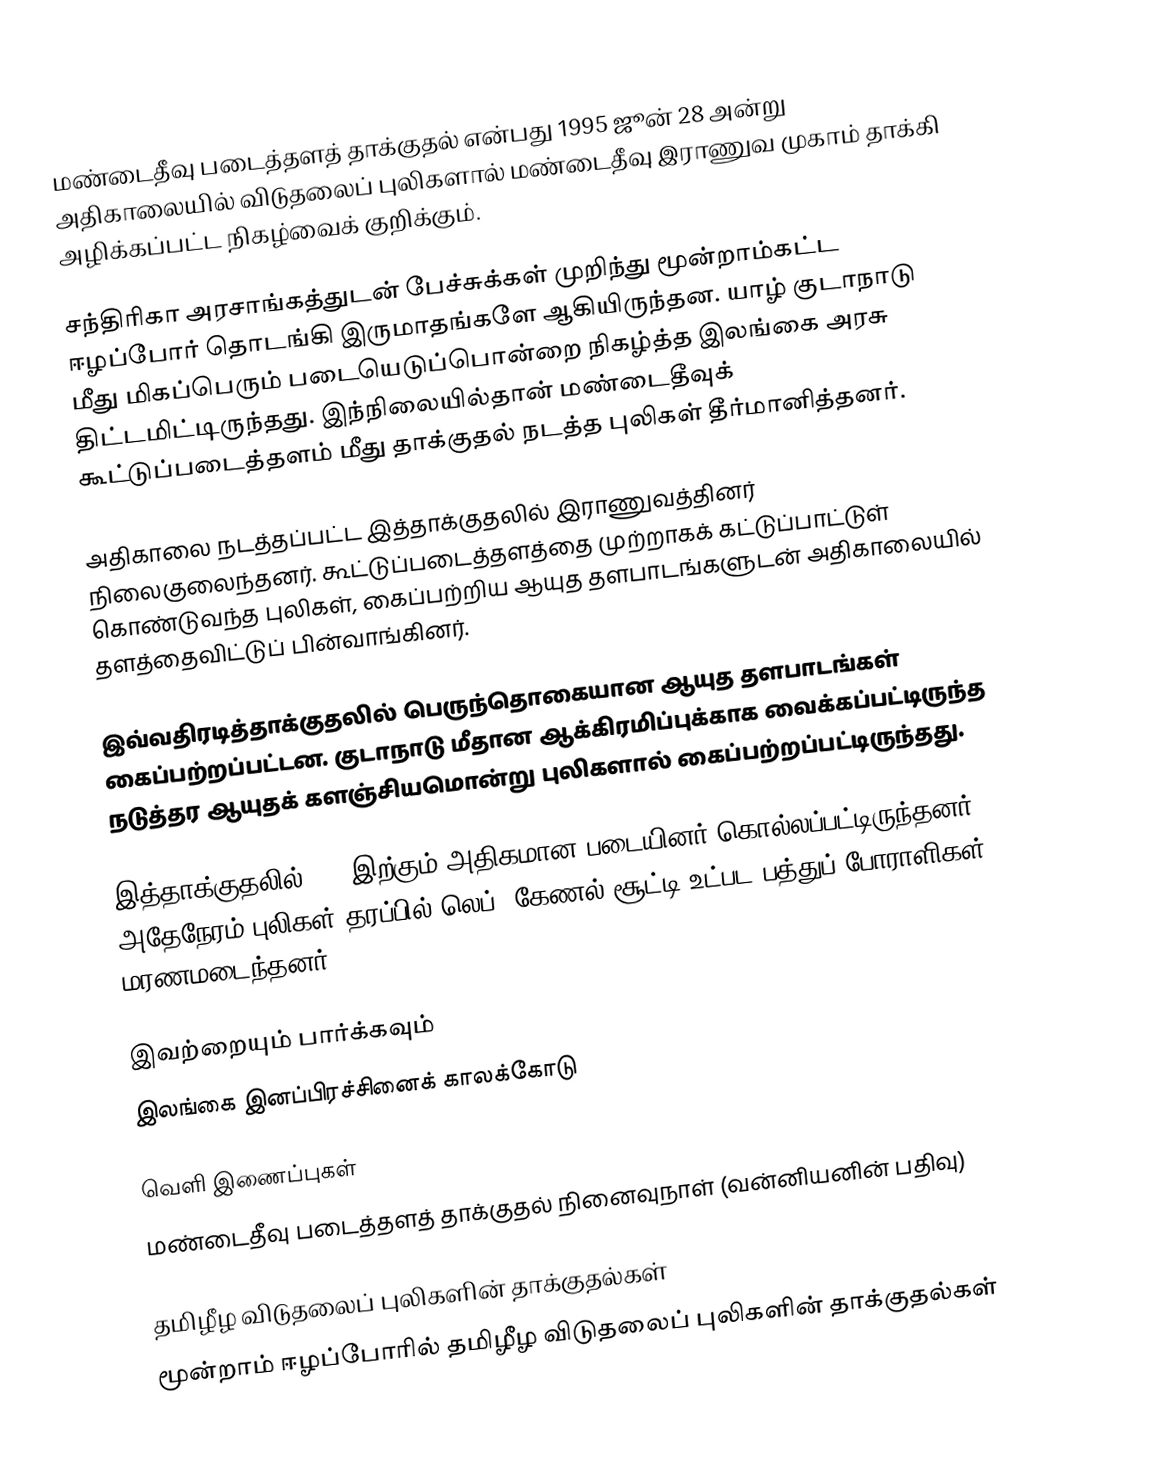
மண்டைதீவு படைத்தளத் தாக்குதல் என்பது 1995 ஜூன் 28 அன்று அதிகாலையில் விடுதலைப் புலிகளால் மண்டைதீவு இராணுவ முகாம் தாக்கி அழிக்கப்பட்ட நிகழ்வைக் குறிக்கும்.

சந்திரிகா அரசாங்கத்துடன் பேச்சுக்கள் முறிந்து மூன்றாம்கட்ட ஈழப்போர் தொடங்கி இருமாதங்களே ஆகியிருந்தன. யாழ் குடாநாடு மீது மிகப்பெரும் படையெடுப்பொன்றை நிகழ்த்த இலங்கை அரசு திட்டமிட்டிருந்தது. இந்நிலையில்தான் மண்டைதீவுக் கூட்டுப்படைத்தளம் மீது தாக்குதல் நடத்த புலிகள் தீர்மானித்தனர்.

அதிகாலை நடத்தப்பட்ட இத்தாக்குதலில் இராணுவத்தினர் நிலைகுலைந்தனர். கூட்டுப்படைத்தளத்தை முற்றாகக் கட்டுப்பாட்டுள் கொண்டுவந்த புலிகள், கைப்பற்றிய ஆயுத தளபாடங்களுடன் அதிகாலையில் தளத்தைவிட்டுப் பின்வாங்கினர்.

இவ்வதிரடித்தாக்குதலில் பெருந்தொகையான ஆயுத தளபாடங்கள் கைப்பற்றப்பட்டன. குடாநாடு மீதான ஆக்கிரமிப்புக்காக வைக்கப்பட்டிருந்த நடுத்தர ஆயுதக் களஞ்சியமொன்று புலிகளால் கைப்பற்றப்பட்டிருந்தது.

இத்தாக்குதலில் 125 இற்கும் அதிகமான படையினர் கொல்லப்பட்டிருந்தனர். அதேநேரம் புலிகள் தரப்பில் லெப். கேணல் சூட்டி உட்பட பத்துப் போராளிகள் மரணமடைந்தனர்.

இவற்றையும் பார்க்கவும்
 இலங்கை இனப்பிரச்சினைக் காலக்கோடு

வெளி இணைப்புகள்
 மண்டைதீவு படைத்தளத் தாக்குதல் நினைவுநாள் (வன்னியனின் பதிவு)

தமிழீழ விடுதலைப் புலிகளின் தாக்குதல்கள்
மூன்றாம் ஈழப்போரில் தமிழீழ விடுதலைப் புலிகளின் தாக்குதல்கள்